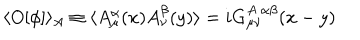
\langle O [ \phi ] \rangle _ { A } \equiv \langle A _ { \mu } ^ { \alpha } ( x ) A _ { \nu } ^ { \beta } ( y ) \rangle = i G _ { \mu \nu } ^ { A \ \alpha \beta } ( x - y )